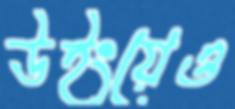
উইংয়েও